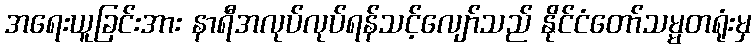
အရေးယူခြင်းအား နာရီအလုပ်လုပ်ရန်သင့်လျော်သည် နိုင်ငံတော်သမ္မတရုံးမှ